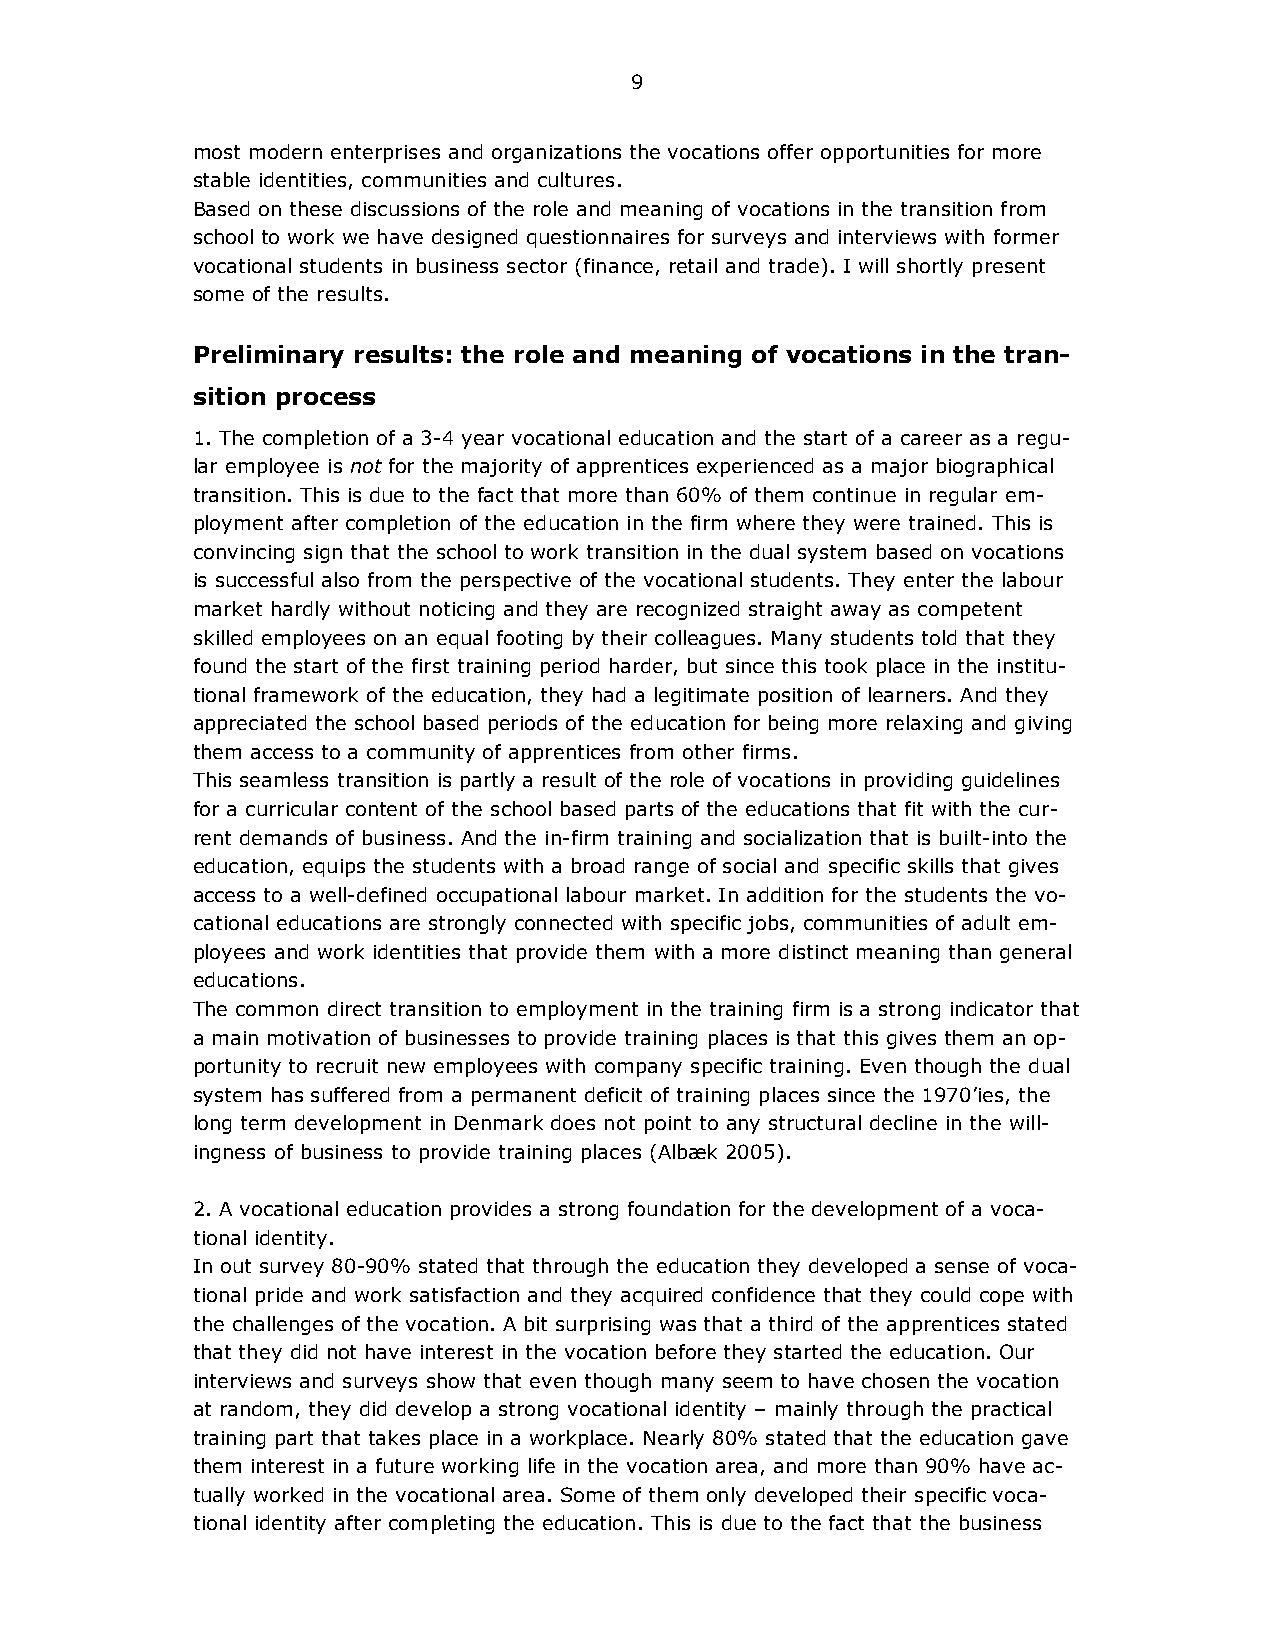
9
 most modern enterprises and organizations the vocations offer opportunities for more
 stable identities, communities and cultures.
 Based on these discussions of the role and meaning of vocations in the transition from
 school to work we have designed questionnaires for surveys and interviews with former
 vocational students in business sector (finance, retail and trade). I will shortly present
 some of the results.
 Preliminary results: the role and meaning of vocations in the tran-
 sition process
 1. The completion of a 3-4 year vocational education and the start of a career as a regu-
 lar employee is not for the majority of apprentices experienced as a major biographical
 transition. This is due to the fact that more than 60% of them continue in regular em-
 ployment after completion of the education in the firm where they were trained. This is
 convincing sign that the school to work transition in the dual system based on vocations
 is successful also from the perspective of the vocational students. They enter the labour
 market hardly without noticing and they are recognized straight away as competent
 skilled employees on an equal footing by their colleagues. Many students told that they
 found the start of the first training period harder, but since this took place in the institu-
 tional framework of the education, they had a legitimate position of learners. And they
 appreciated the school based periods of the education for being more relaxing and giving
 them access to a community of apprentices from other firms.
 This seamless transition is partly a result of the role of vocations in providing guidelines
 for a curricular content of the school based parts of the educations that fit with the cur-
 rent demands of business. And the in-firm training and socialization that is built-into the
 education, equips the students with a broad range of social and specific skills that gives
 access to a well-defined occupational labour market. In addition for the students the vo-
 cational educations are strongly connected with specific jobs, communities of adult em-
 ployees and work identities that provide them with a more distinct meaning than general
 educations.
 The common direct transition to employment in the training firm is a strong indicator that
 a main motivation of businesses to provide training places is that this gives them an op-
 portunity to recruit new employees with company specific training. Even though the dual
 system has suffered from a permanent deficit of training places since the 1970’ies, the
 long term development in Denmark does not point to any structural decline in the will-
 ingness of business to provide training places (Albæk 2005).
 2. A vocational education provides a strong foundation for the development of a voca-
 tional identity.
 In out survey 80-90% stated that through the education they developed a sense of voca-
 tional pride and work satisfaction and they acquired confidence that they could cope with
 the challenges of the vocation. A bit surprising was that a third of the apprentices stated
 that they did not have interest in the vocation before they started the education. Our
 interviews and surveys show that even though many seem to have chosen the vocation
 at random, they did develop a strong vocational identity – mainly through the practical
 training part that takes place in a workplace. Nearly 80% stated that the education gave
 them interest in a future working life in the vocation area, and more than 90% have ac-
 tually worked in the vocational area. Some of them only developed their specific voca-
 tional identity after completing the education. This is due to the fact that the business